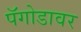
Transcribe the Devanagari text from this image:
पॅगोडावर